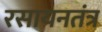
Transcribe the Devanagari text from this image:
रसायनतंत्र